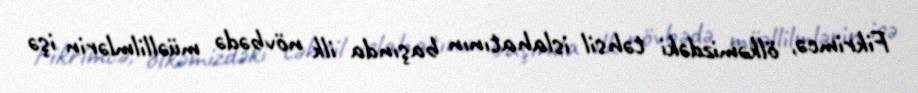
Fikrimcə, ölkəmizdəki təhsil islahatının başında ilk növbədə müəllilmlərin işə